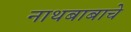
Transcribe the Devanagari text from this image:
नाथबाबाचे